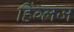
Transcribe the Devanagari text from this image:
हिंग्लज